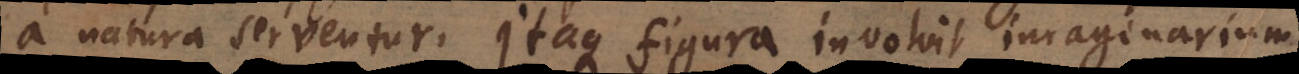
a natura serventur. Itaque figura involvit imaginarium